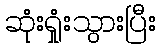
ဆုံးရှုံးသွားပြီး